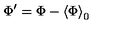
\Phi ^ { \prime } = \Phi - \left\langle \Phi \right\rangle _ { 0 }